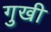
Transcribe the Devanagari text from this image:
गुखी